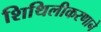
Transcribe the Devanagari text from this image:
शिथिलीकरणाने